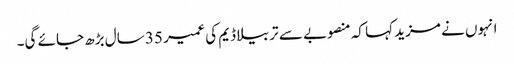
انہوں نے مزید کہا کہ منصوبے سے تربیلا ڈیم کی عمیر 35 سال بڑھ جائے گی۔